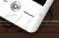
اقرب